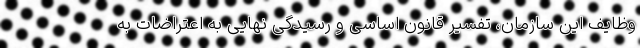
وظایف این سازمان، تفسیر قانون اساسی و رسیدگی نهایی به اعتراضات به